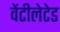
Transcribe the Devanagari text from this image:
वेंटीलेटेड